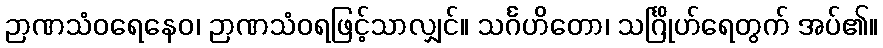
ဉာဏသံဝရေနေဝ၊ ဉာဏသံဝရဖြင့်သာလျှင်။ သင်္ဂဟိတော၊ သင်္ဂြိုဟ်ရေတွက် အပ်၏။